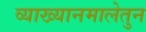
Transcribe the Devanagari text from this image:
व्याख्यानमालेतुन